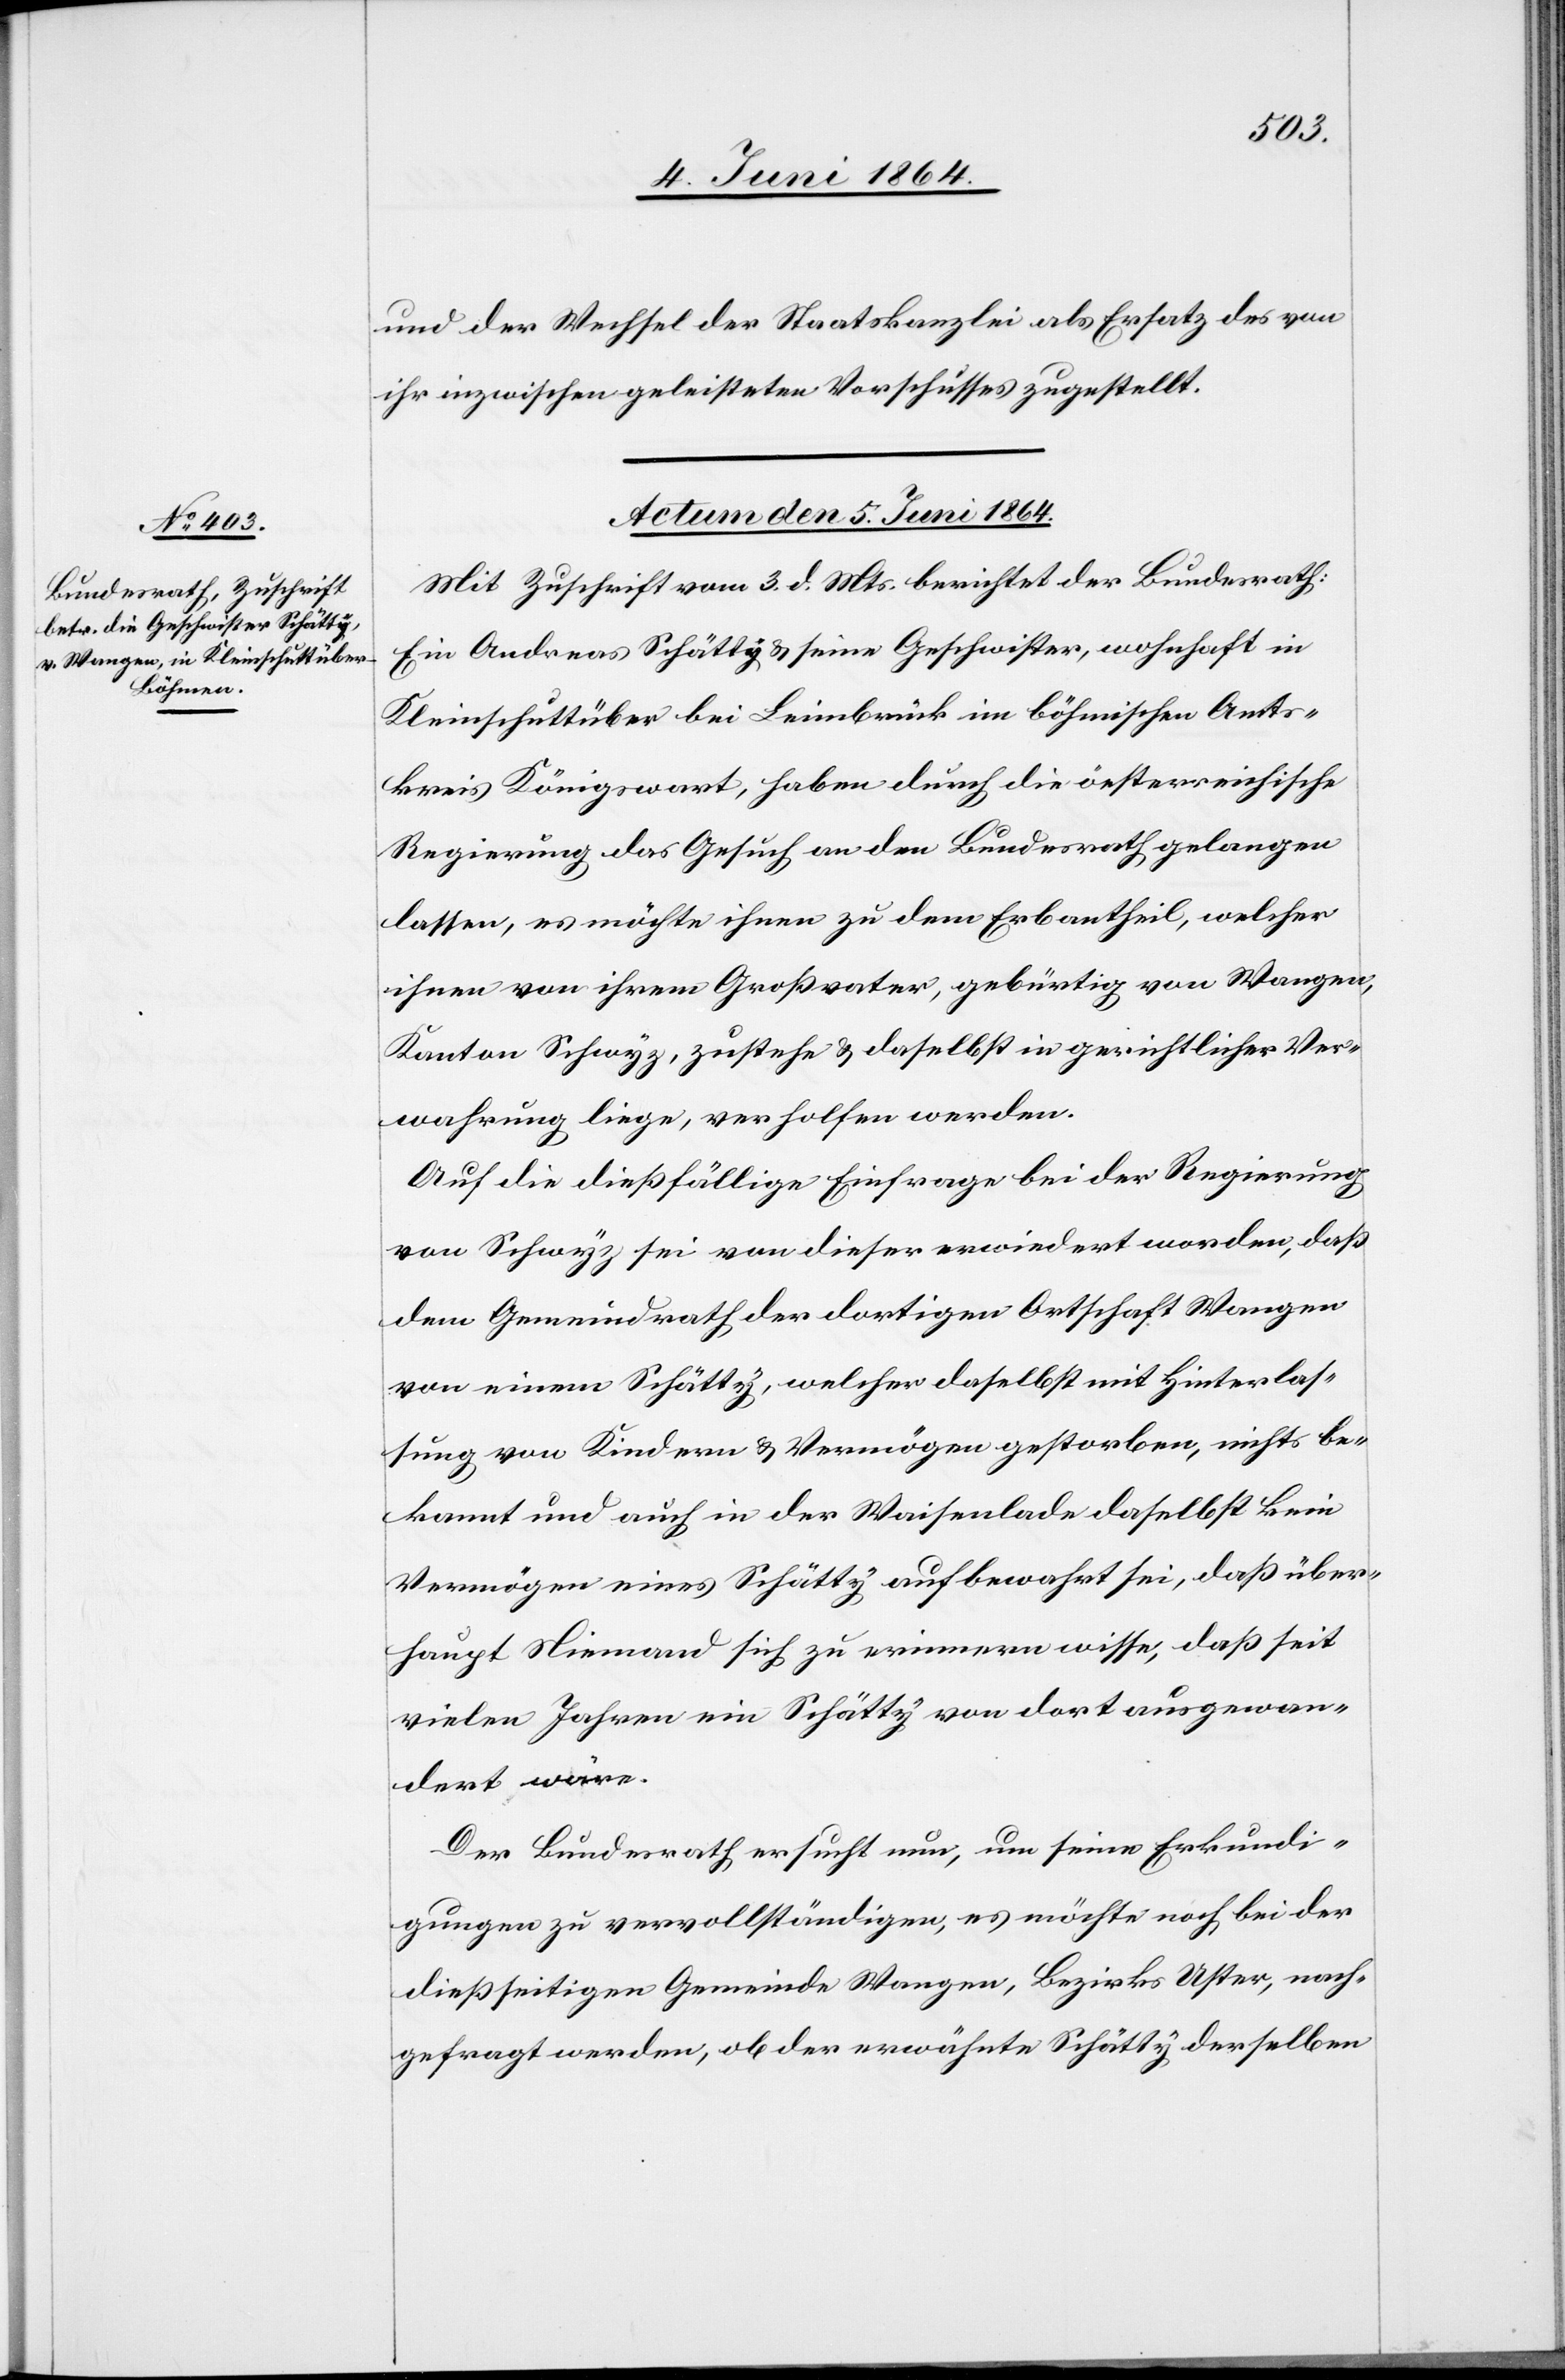
und der Wechsel der Staatskanzlei als Ersatz des von
ihr inzwischen geleisteten Vorschusses zugestellt.
Actum den 5. Juni 1864.
Mit Zuschrift vom 3. d. Mts. berichtet der Bundesrath:
Ein Andreas Schätty u. seine Geschwister, wohnhaft in
Kleinschuttüber bei Leimbrück im böhmischen Amts¬
kreis Königswart, haben durch die öesterreichische
Regierung das Gesuch an den Bundesrath gelangen
lassen, es möchte ihnen zu dem Erbantheil, welcher
ihnen von ihrem Großvater, gebürtig von Wangen,
Kanton Schwyz, zustehe u. daselbst in gerichtlicher Ver¬
wahrung liege, verholfen werden.
Auf die dießfällige Einfrage bei der Regierung
von Schwyz sei von dieser erwiedert worden, daß
dem Gemeindrath der dortigen Ortschaft Wangen
von einem Schätty, welcher daselbst mit Hinterlas¬
sung von Kindern u. Vermögen gestorben, nichts be¬
kannt und auch in der Waisenlade daselbst kein
Vermögen eines Schätty aufbewahrt sei, daß über¬
haupt Niemand sich zu erinnern wisse, daß seit
vielen Jahren ein Schätty von dort ausgewan¬
dert wäre.
Der Bundesrath ersucht nun, um seine Erkundi¬
gungen zu vervollständigen, es möchte noch bei der
dießseitigen Gemeinde Wangen, Bezirks Uster, nach¬
gefragt werden, ob der erwähnte Schätty derselben